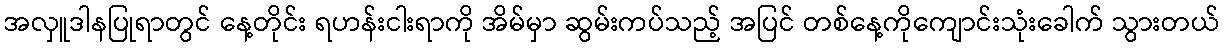
အလှူဒါနပြုရာတွင် နေ့တိုင်း ရဟန်းငါးရာကို အိမ်မှာ ဆွမ်းကပ်သည့် အပြင် တစ်နေ့ကိုကျောင်းသုံးခေါက် သွားတယ်